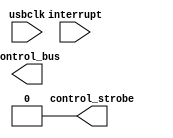
`timescale 1ns / 1ns

module control_if(
	input usbclk,
	input interrupt,   // not used in hardware, but useful in simulation
	output [39:0] control_bus,
	output control_strobe
);

assign control_bus=40'bx;
assign control_strobe=1'b0;

endmodule